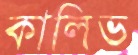
কালিভ